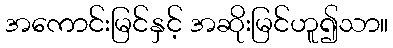
အကောင်းမြင်နှင့် အဆိုးမြင်ဟူ၍သာ။